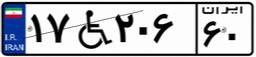
۱۷W۲۰۶۶۰